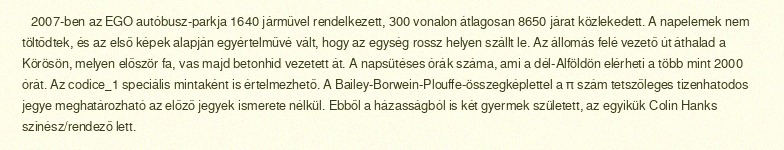
2007-ben az EGO autóbusz-parkja 1640 járművel rendelkezett, 300 vonalon átlagosan 8650 járat közlekedett. A napelemek nem töltődtek, és az első képek alapján egyértelművé vált, hogy az egység rossz helyen szállt le. Az állomás felé vezető út áthalad a Körösön, melyen először fa, vas majd betonhíd vezetett át. A napsütéses órák száma, ami a dél-Alföldön elérheti a több mint 2000 órát. Az codice_1 speciális mintaként is értelmezhető. A Bailey-Borwein-Plouffe-összegképlettel a π szám tetszőleges tizenhatodos jegye meghatározható az előző jegyek ismerete nélkül. Ebből a házasságból is két gyermek született, az egyikük Colin Hanks színész/rendező lett.